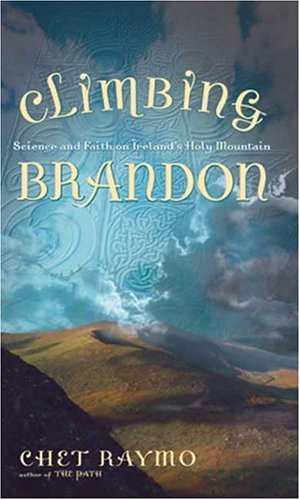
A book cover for Climbing Brandon: Science and Faith on Ireland's Holy Mountain; Chet Raymo; Science & Math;